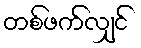
တစ်ဖက်လျှင်